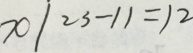
x \vert 2 3 - 1 1 = 1 2